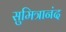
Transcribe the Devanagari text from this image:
सुमित्रानंद